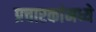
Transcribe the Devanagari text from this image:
प्रचारकांमध्ये